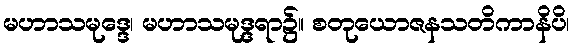
မဟာသမုဒ္ဒေ၊ မဟာသမုဒ္ဒရာ၌။ စတုယောဇနသတိကာနိပိ၊